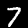
Digit: 7